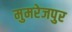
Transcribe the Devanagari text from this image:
मुमरेजपुर